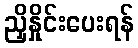
ညှိနှိုင်းပေးရန်